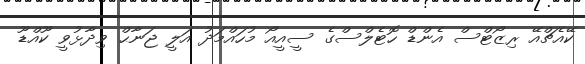
ކޭއެޗްއޭ ރިޒޯޓްސް އެންޑް ހޮޓެލްސްގެ ސީއީއޯ މުހައްމަދު އަލީ ޖަނާޙް ވިދާޅުވީ ކޫއްޑޫ